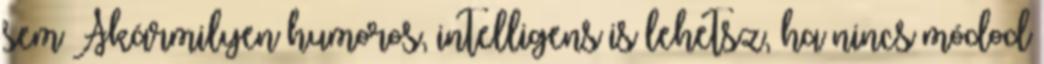
sem Akármilyen humoros, intelligens is lehetsz, ha nincs módod